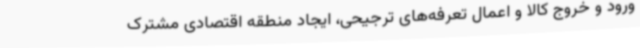
ورود و خروج کالا و اعمال تعرفه‌های ترجیحی، ایجاد منطقه اقتصادی مشترک